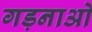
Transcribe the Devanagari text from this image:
गड़नाओ